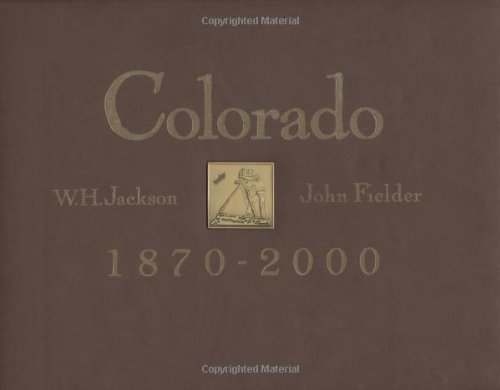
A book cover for Colorado, 1870-2000; William Henry Jackson; Travel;